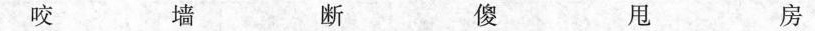
咬 墙 断 傻 甩 房